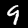
Digit: 9